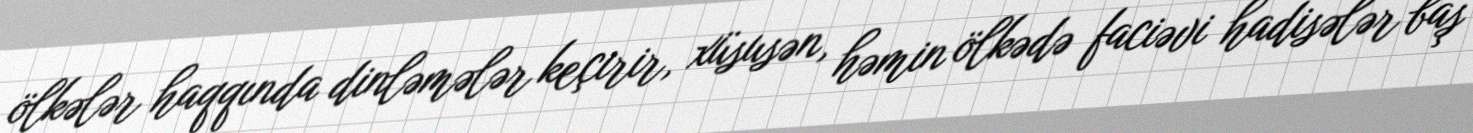
ölkələr haqqında dinləmələr keçirir, xüsusən, həmin ölkədə faciəvi hadisələr baş